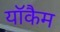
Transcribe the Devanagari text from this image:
यॉकैम